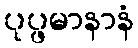
ပုပ္ဖမာနာနံ